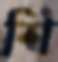
শি